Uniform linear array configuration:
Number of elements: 12
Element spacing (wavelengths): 0.5
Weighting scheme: hann
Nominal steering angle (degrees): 30
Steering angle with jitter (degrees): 30.226
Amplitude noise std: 0.05
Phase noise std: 0.05

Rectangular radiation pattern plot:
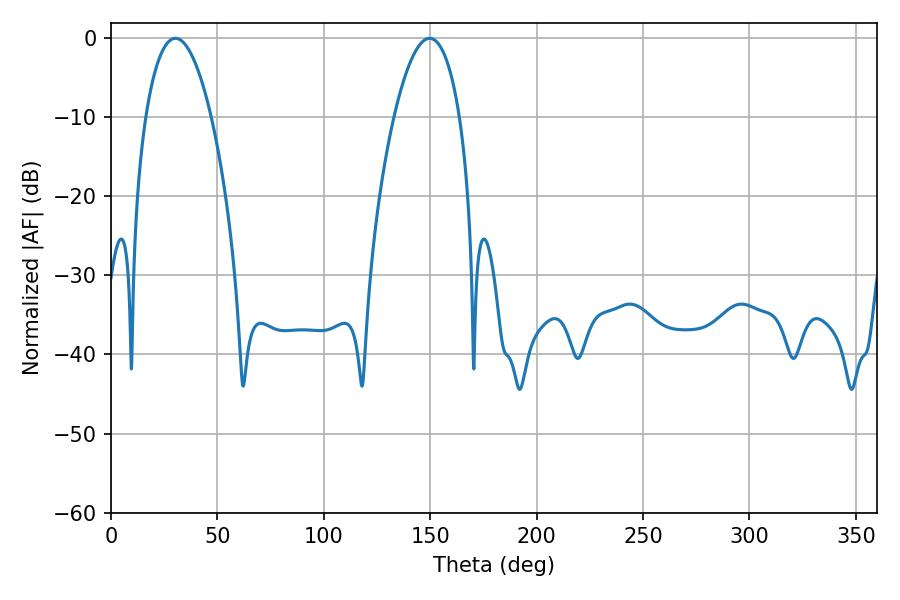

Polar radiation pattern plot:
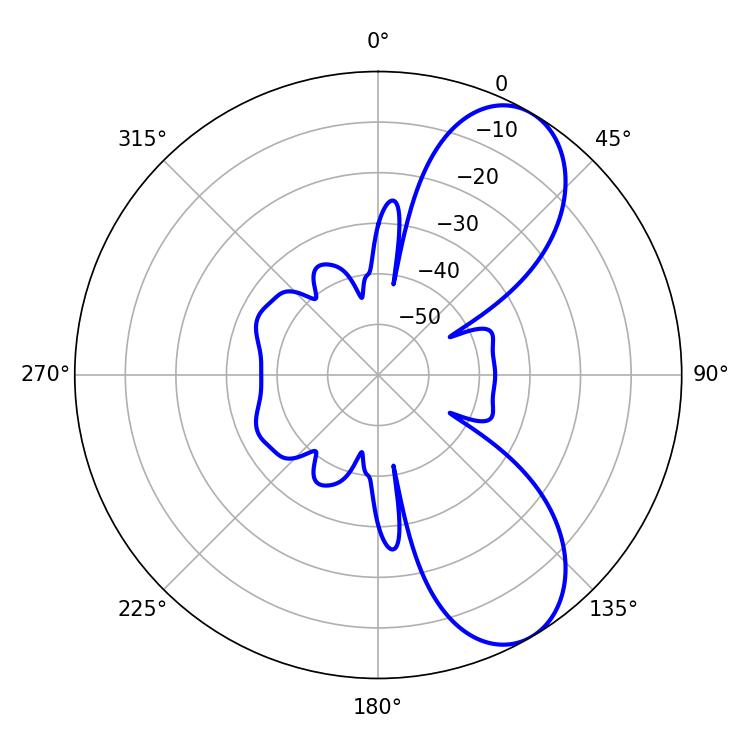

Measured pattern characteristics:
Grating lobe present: FALSE
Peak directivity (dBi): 7.875
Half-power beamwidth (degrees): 17.1
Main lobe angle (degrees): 30.24